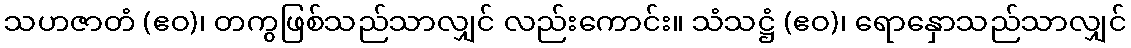
သဟဇာတံ (ဧဝ)၊ တကွဖြစ်သည်သာလျှင် လည်းကောင်း။ သံသဋ္ဌံ (ဧဝ)၊ ရောနှောသည်သာလျှင်